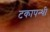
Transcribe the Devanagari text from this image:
टकापन्थी